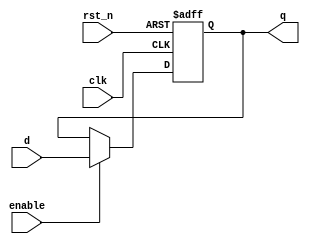
module parameterized_register #(
    parameter WIDTH = 8 // Parameterized width of the register
)(
    input wire clk,            // Clock input
    input wire rst_n,         // Asynchronous active-low reset
    input wire enable,        // Enable signal
    input wire [WIDTH-1:0] d, // Data input
    output reg [WIDTH-1:0] q  // Data output
);

// Always block for synchronous operation
always @(posedge clk or negedge rst_n) begin
    if (!rst_n) begin
        // Asynchronous reset: set register to zero
        q <= {WIDTH{1'b0}};
    end else if (enable) begin
        // Capture input data on clock edge if enabled
        q <= d;
    end
    // If not enabled, retain current value of q
end

endmodule